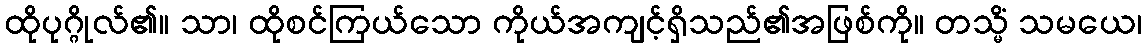
ထိုပုဂ္ဂိုလ်၏။ သာ၊ ထိုစင်ကြယ်သော ကိုယ်အကျင့်ရှိသည်၏အဖြစ်ကို။ တသ္မိံ သမယေ၊